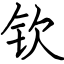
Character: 钦